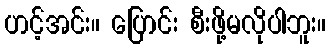
ဟင့်အင်း။ ပြောင်း စီးဖို့မလိုပါဘူး။